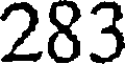
283